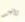
واحد